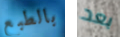
بالطبع بعد